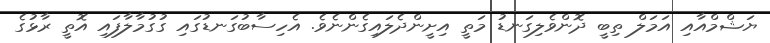
ޔަޝްމްއާއި އަމަލް ތިބީ ދޮންވެލިގަނޑު މަތީ އިށީންދެލައިގެންނެވެ. އެހިސާބުގަނޑުގައި ގުގުމާލާފައި އޮތީ ރާޅުގެ